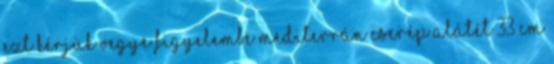
ezt kérjük vegye figyelembe Mediterrán cserép alátét 33 cm